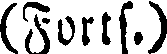
(Forts.)